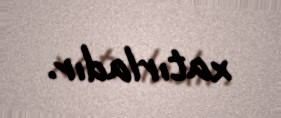
xatırladır.